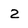
Character: 2